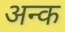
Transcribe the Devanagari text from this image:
अन्क